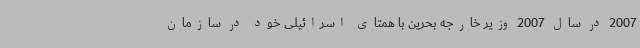
2007 در سال 2007 وزیر خارجه بحرین با همتای اسرائیلی خود در سازمان